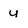
Character: y